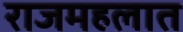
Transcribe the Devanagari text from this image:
राजमहलात